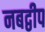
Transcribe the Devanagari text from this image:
नबद्वीप